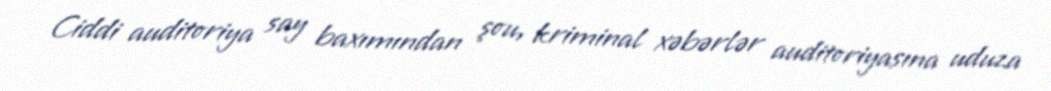
Ciddi auditoriya say baxımından şou, kriminal xəbərlər auditoriyasına uduza